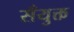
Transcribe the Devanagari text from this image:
सँयुक्त